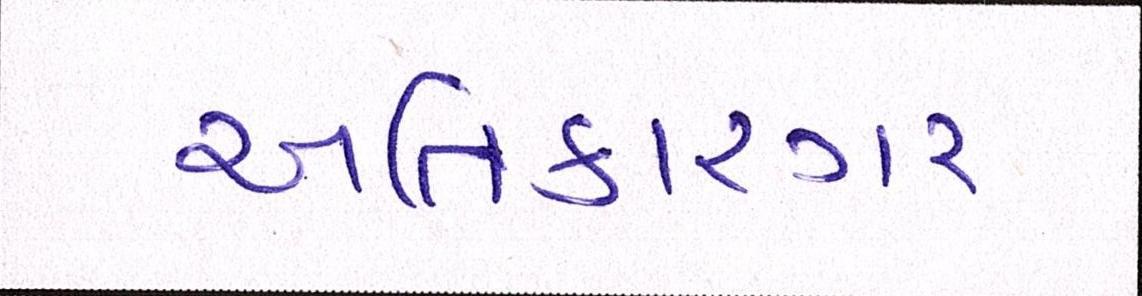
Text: અતિકારગર